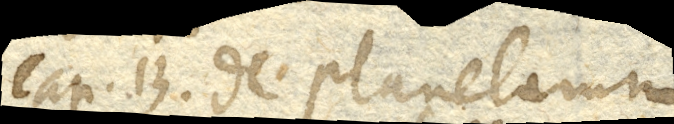
Cap. 13. De planetarum